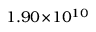
1 . 9 0 \! \times \! 1 0 ^ { 1 0 }